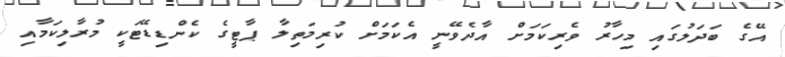
އޭގެ ބަދަލުގައި މިހާރު ވެރިކަމަށް އާދެވޭނީ އެކަމަށް ކުރިމަތިލާ ޕާޓީގެ ކެންޑިޑޭޓަކީ މުރާލިކަމާއި